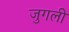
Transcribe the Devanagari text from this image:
जुगली